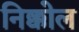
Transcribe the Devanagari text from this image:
निक्कोल